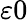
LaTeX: \varepsilon 0